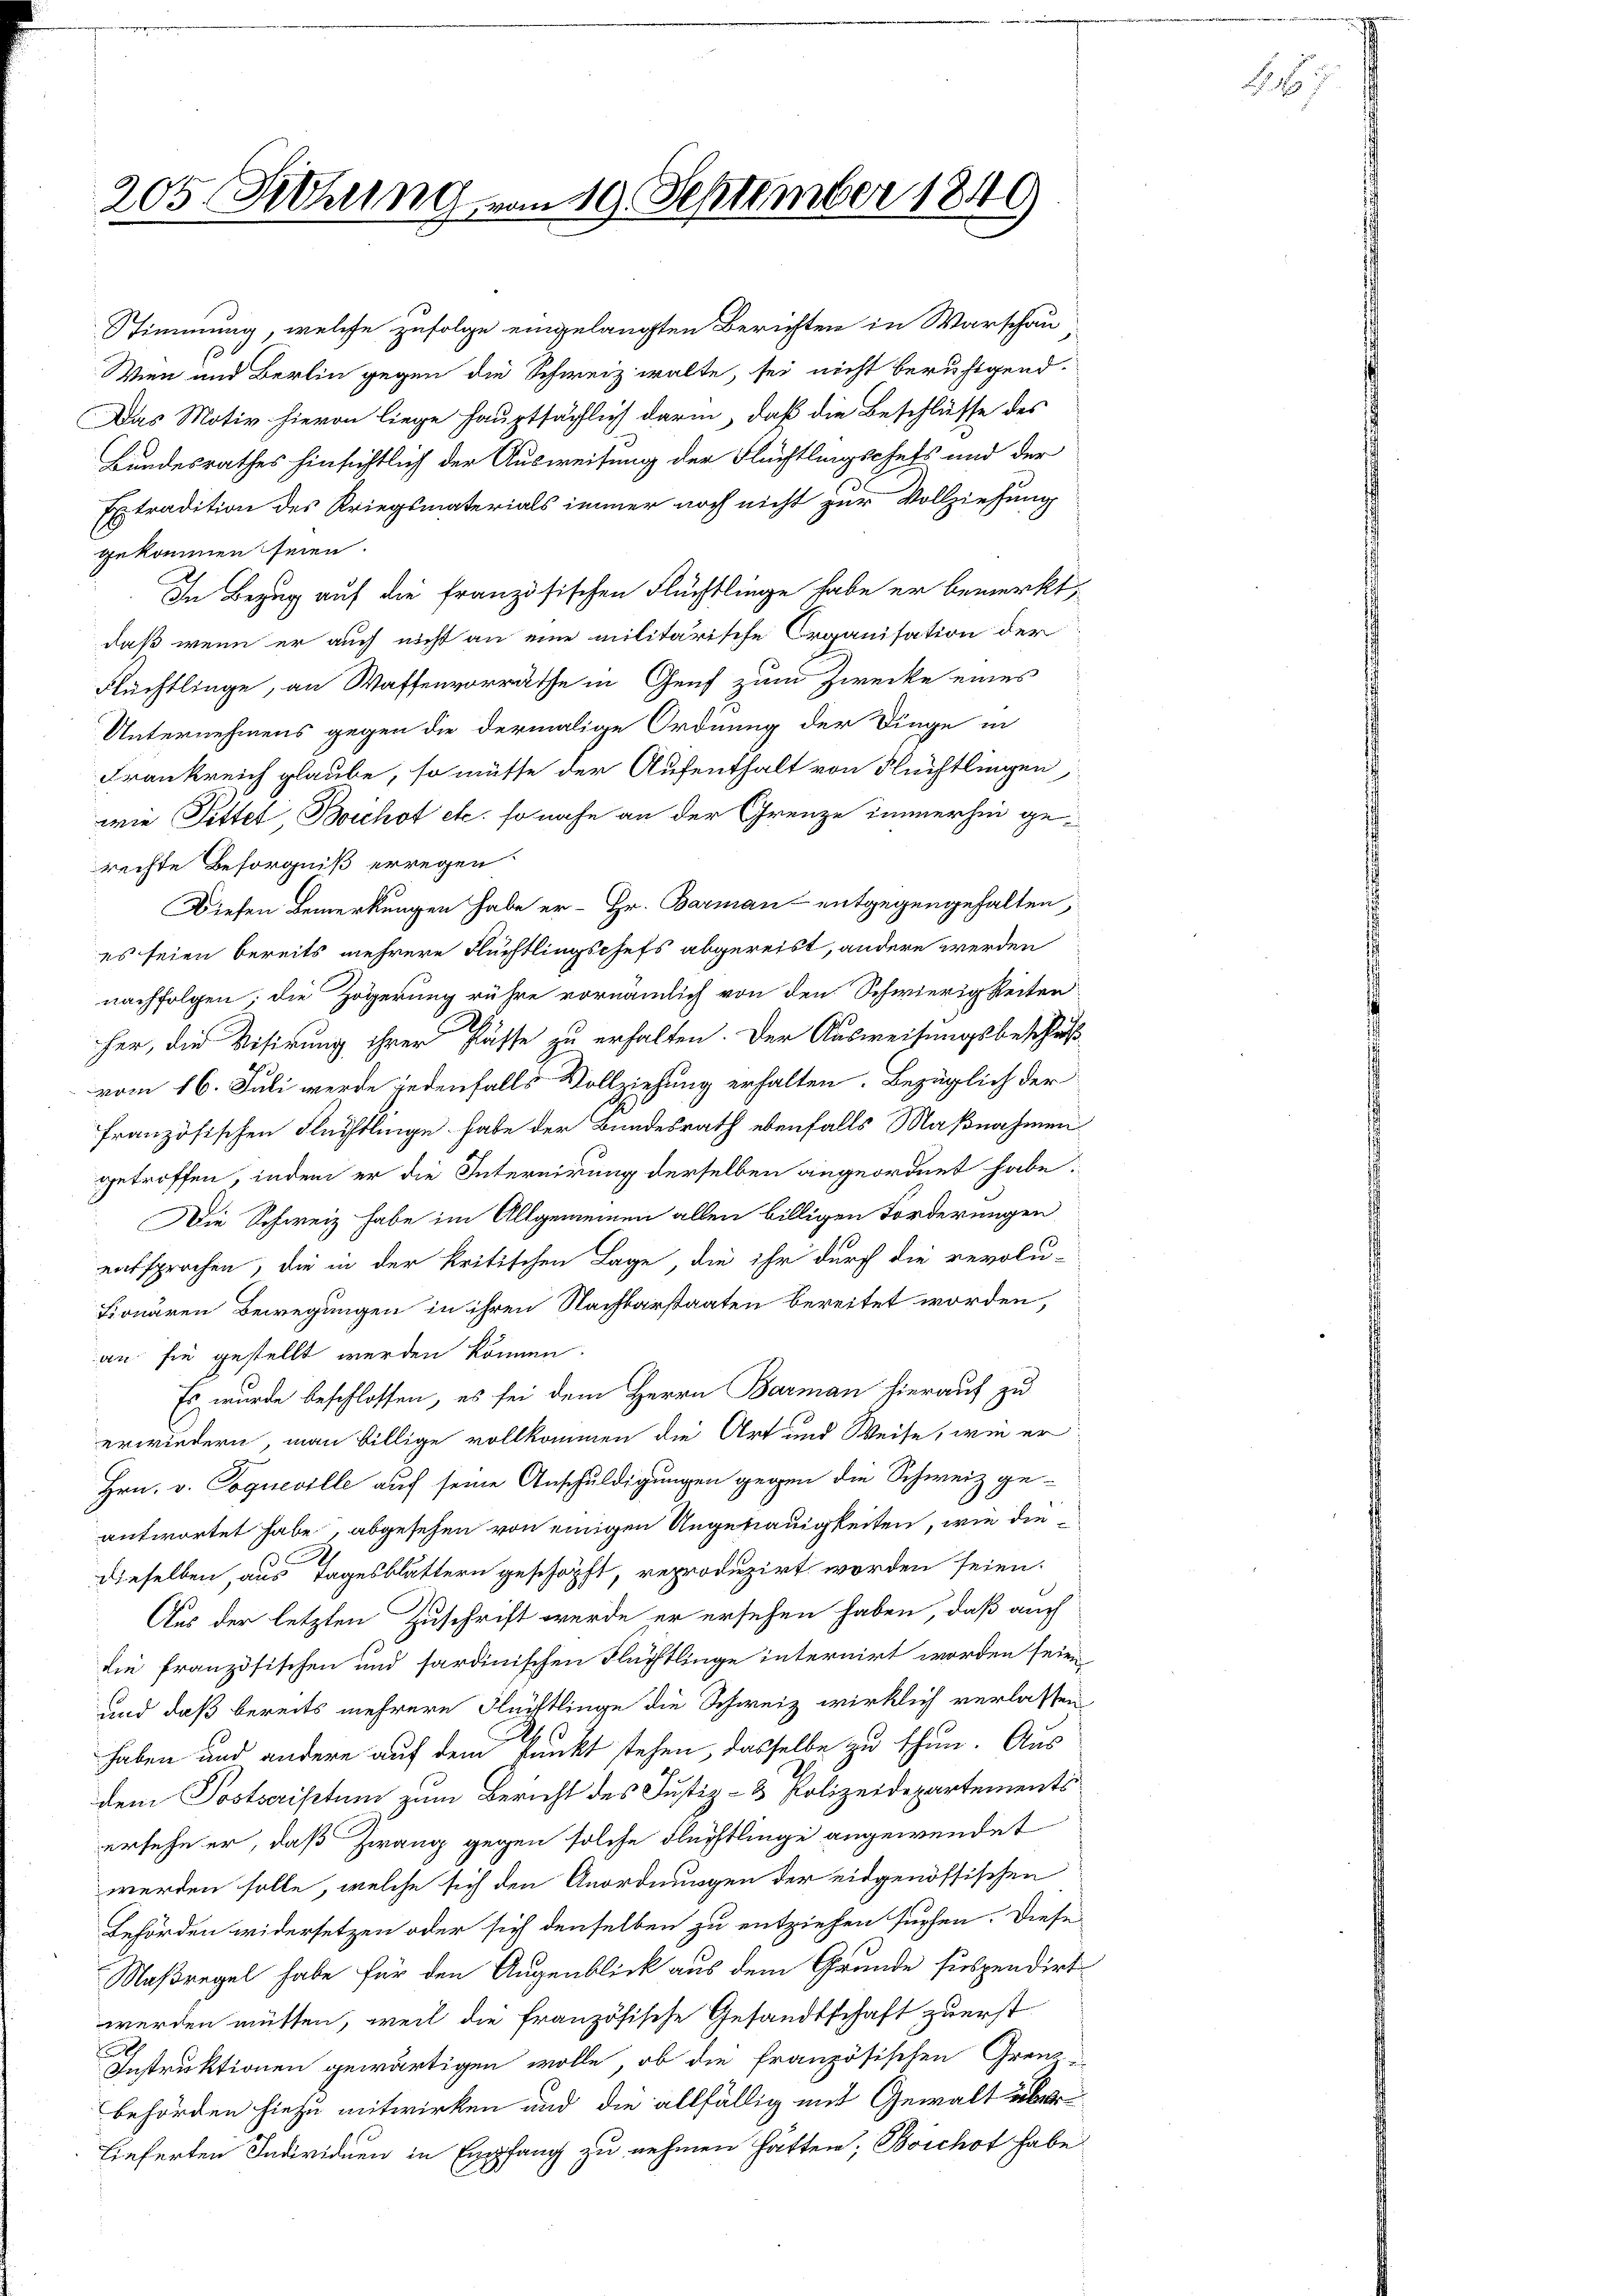
205 Sitzung vom 19. September 1849

gekommen seien.
In Bezug auf die französischen Flüchtlinge habe er bemerkt,
daß wenn er auch nicht an eine militärische Organisation der
Flüchtlinge, an Waffenvorräthe in Genf zum Zwecke eines
Unternehmens gegen die dermalige Ordnung der Dinge in
Frankreich glaube, so müsse der Aufenthalt von Flüchtlingen,
wie Fittel Bichst etc. so nahe an der Grenze immerhin gerechte Besorgniß erregen
Diesen Bemerkungen habe er- Hr. Barman entgegengehalten,
es seien bereits mehrere Flüchtlingschefs abgereist, andern werden
nachfolgen; die Zögerung rühre vornämlich von den Schwierigkeiten
her, die Visirung ihrer Pässe zu erhalten. Der Ausweisungsbeschlus
vom 16. Juli werde jedenfalls Vollziehung erhalten. Bezüglich der
französischen Flüchtlinge habe der Bundesrath ebenfalls Maßnahmen
getroffen, indem er die Internirung derselben angeordnet habe.
Die Schweiz habe im Allgemeinen allen billigen Forderungen
entsprochen, die in der kritischen Lage die ihr durch die revolu-
Fionären Bewegungen in ihren Nachbarstaaten bereitet worden,
an sie gestellt werden können.
Es wurde beschlossen, es sei dem Herrn Barman hierauf zu
erwiedern, man billige vollkommen die Art und Weise, wie er
Hrn. v. Cogneville auf seine Anschuldigungen gegen die Schweiz ge-
antwortet habe, abgesehen von einigen Ungetrauigkeiten, wie diedieselben, aus Tagesblättern geschöpft, reproduzirt worden seien.
Aus der letzten Zuschrift werde er ersehen haben, daß auch
die französischen und sardinischen Flüchtlinge internirt worden seien,
und daß bereits mehrere Flüchtlinge die Schweiz wirklich verlassen
 C
haben und andere auf dem Punkt stehen, dasselbe zu thun. Aus
dem Postscriptum zum Bericht des Justiz- & Polizeidepartements
ersehe er, daß Zwang gegen solche Flüchtlinge angewendet
werden solle, welche sich den Anordnungen der eidgenössischen
Behörden widersetzen oder sich denselben zu entziehen suchen. Diese
Naßregel habe für den Augenblick aus dem Grunde suspendirt
werden müssen, weil die französische Gesandtschaft zuerst
Instruktionen gewärtigen wolle, ob die französischen Grenz-
behörden hiezu mitwirken und die allfällig mit Gewalt überlieferten Individuen in Empfang zu nehmen hätten, Boichot habe

Stimmung, welche zufolge eingelangten Berichten in Warschau
Wien und Berlin gegen die Schweiz walte, sei nicht beruftgend
Das Motiv hievon liege hauptsächlich darin, daß die Beschlüsse des
Bundesrathes hinsichtlich der Ausweisung der Flüchtlingschefs und der
Extradition des Kriegsmaterials immer noch nicht zur Vollziehung

7